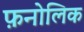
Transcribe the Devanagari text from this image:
फ़नोलिक